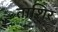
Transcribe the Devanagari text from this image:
ताशिर